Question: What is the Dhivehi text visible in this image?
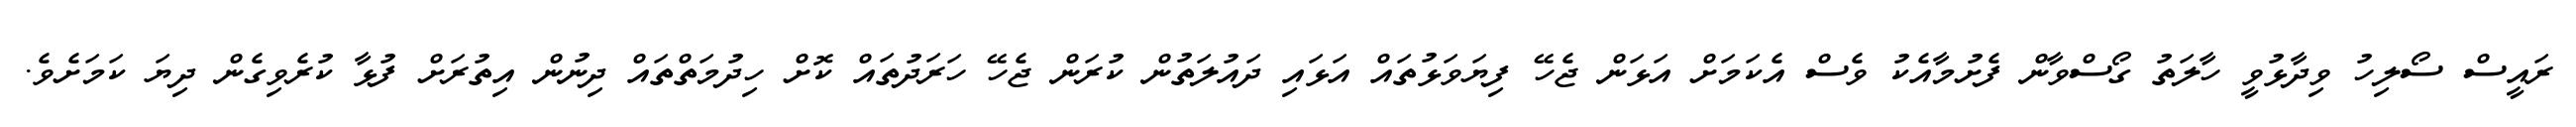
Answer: ރައީސް ސޯލިހު ވިދާޅުވީ ހާލަތު ގޯސްވާން ފެށުމާއެކު ވެސް އެކަމަށް އަޅަން ޖެހޭ ފިޔަވަޅުތައް އަޅައި ދައުލަތުން ކުރަން ޖެހޭ ހަރަދުތައް ކޮށް ހިދުމަތްތައް ދިނުން އިތުރަށް ފުޅާ ކުރެވިގެން ދިޔަ ކަމަށެވެ.